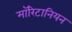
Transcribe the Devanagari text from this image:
मॉरिटानियन